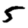
Digit: 5